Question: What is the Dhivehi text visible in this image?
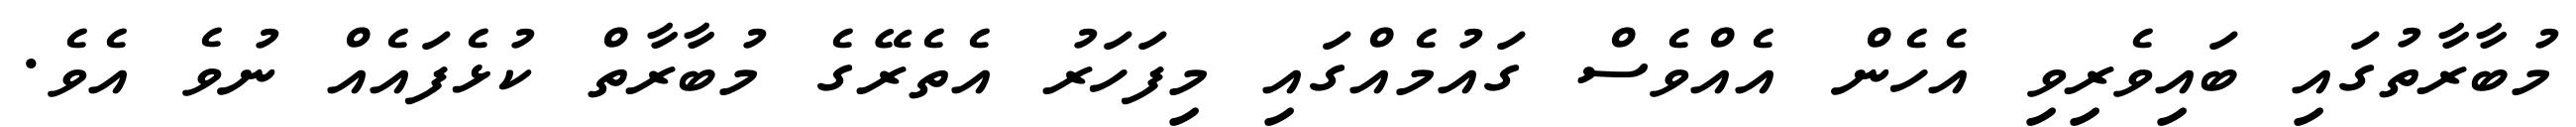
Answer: މުބާރާތުގައި ބައިވެރިވި އެހެން އެއްވެސް ގައުމެއްގައި މިފަހަރު އެތެރޭގެ މުބާރާތް ކުޅެފައެއް ނުވެ އެވެ.